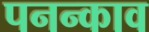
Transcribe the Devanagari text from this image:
पनन्काव